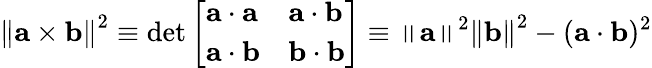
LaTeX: \left\| \mathbf{a}\times\mathbf{b}\right\| ^{2}\equiv\operatorname*{det}{\left[\begin{array}{ll}{\mathbf{a}\cdot\mathbf{a}}&{\mathbf{a}\cdot\mathbf{b}}\\ {\mathbf{a}\cdot\mathbf{b}}&{\mathbf{b}\cdot\mathbf{b}}\end{array}\right]}\equiv\left\| \mathbf{a}\right\| ^{2}\left\| \mathbf{b}\right\| ^{2}-(\mathbf{a}\cdot\mathbf{b})^{2}